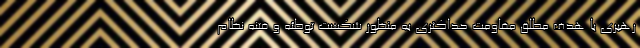
رهبری با هدف مطلق مقاومت حداکثری به منظور شکست توطئه و فتنه نظام